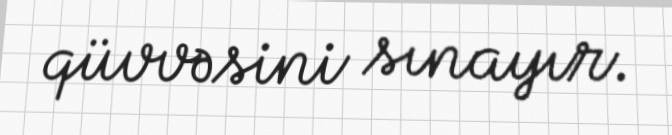
qüvvəsini sınayır.